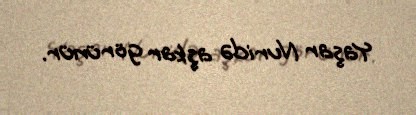
Yaşar Nuridə aşkar görünür.